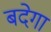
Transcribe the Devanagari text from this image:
बदेगा